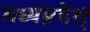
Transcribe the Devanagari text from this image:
मध्यप्रदेश्